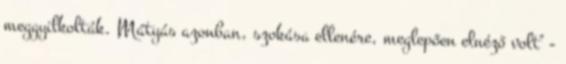
meggyilkolták. Mátyás azonban, szokása ellenére, meglepően elnéző volt" -